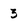
Character: 3